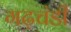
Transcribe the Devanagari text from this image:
गढ़चंडी